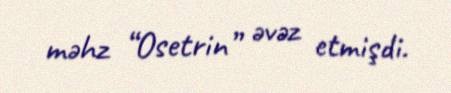
məhz “Osetrin” əvəz etmişdi.